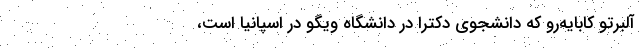
آلبرتو کابایه‌رو که دانشجوی دکترا در دانشگاه ویگو در اسپانیا است،